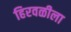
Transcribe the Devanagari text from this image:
हिरवळीला